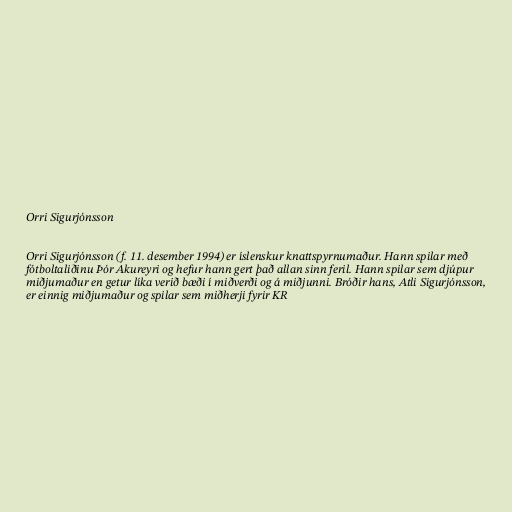
Orri Sigurjónsson

Orri Sigurjónsson (f. 11. desember 1994) er íslenskur knattspyrnumaður. Hann spilar með
fótboltaliðinu Þór Akureyri og hefur hann gert það allan sinn feril. Hann spilar sem djúpur
miðjumaður en getur líka verið bæði í miðverði og á miðjunni. Bróðir hans, Atli Sigurjónsson,
er einnig miðjumaður og spilar sem miðherji fyrir KR